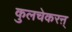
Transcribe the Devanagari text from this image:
कुलचेकरऩ्